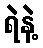
ရဲနဲ့